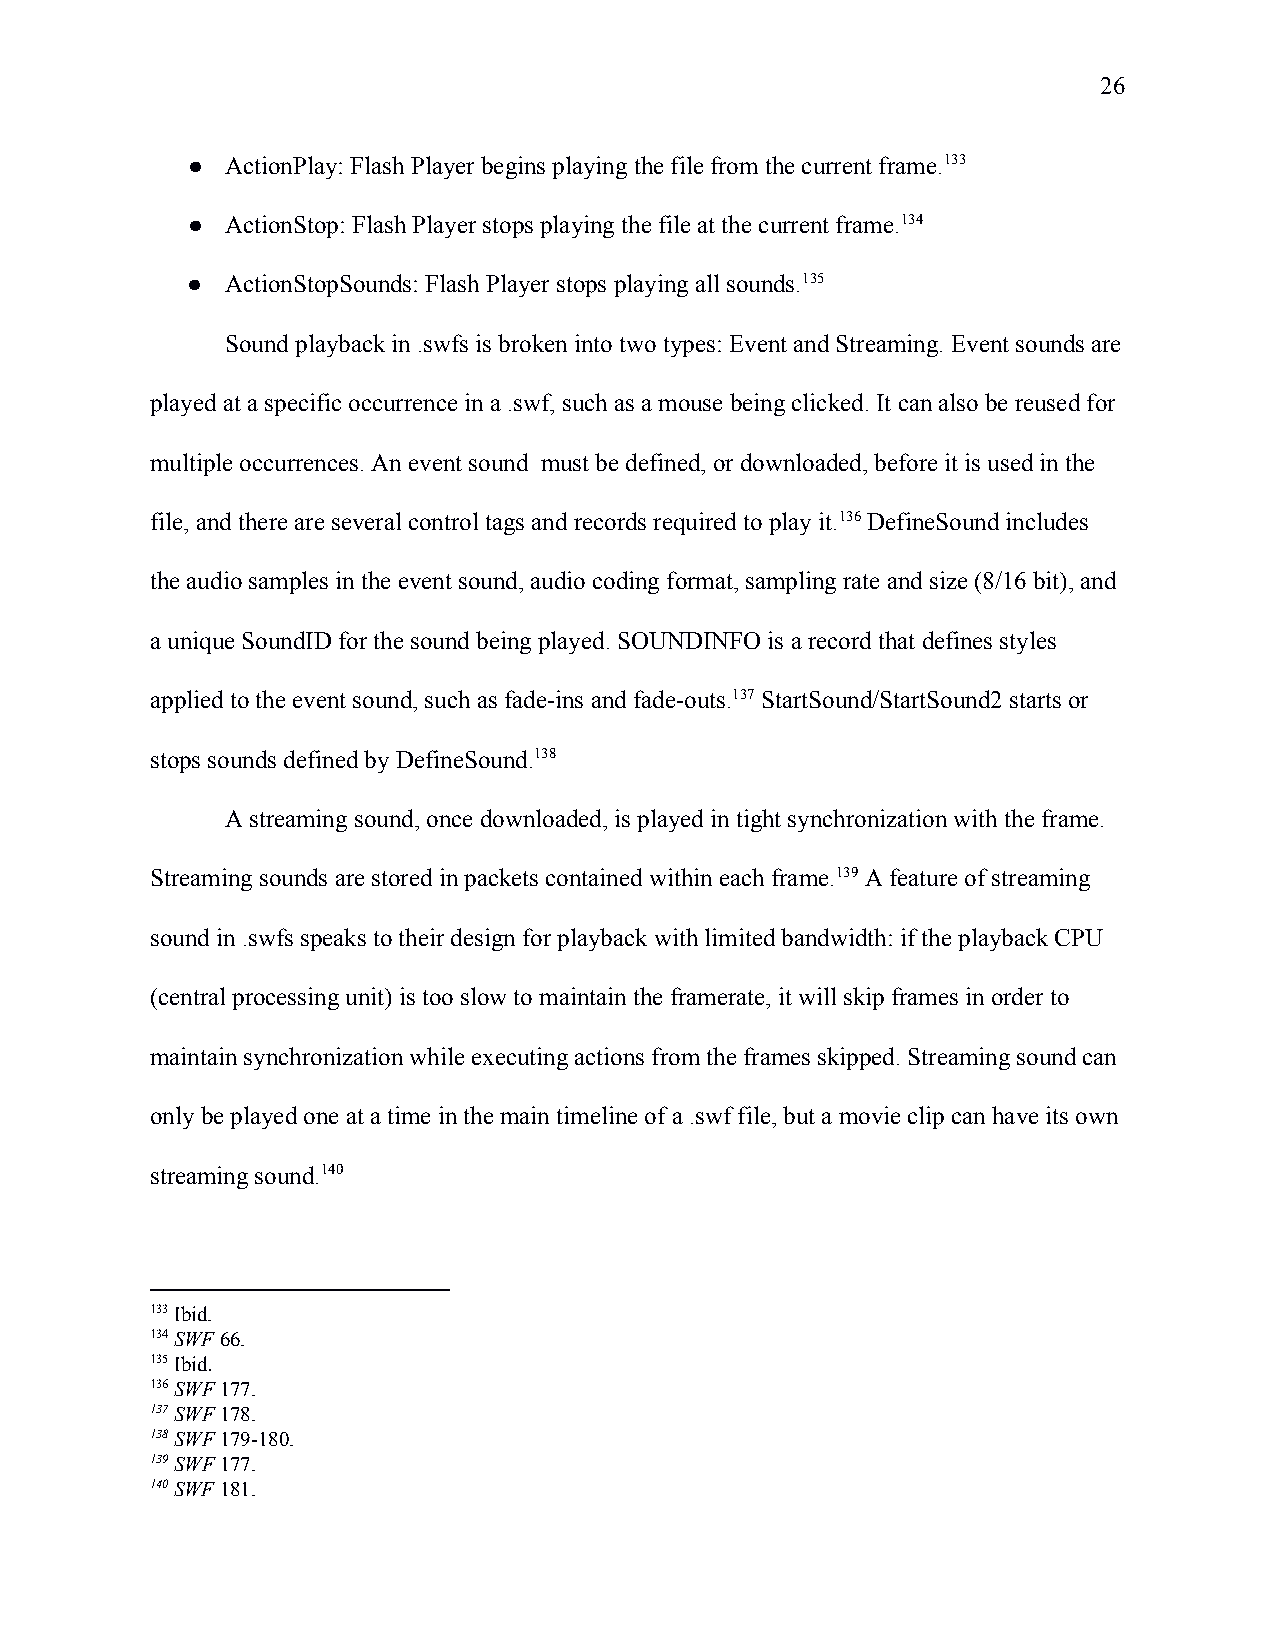
26
 ●  ActionPlay: Flash Player begins playing the file from the current frame.133
 ●  ActionStop: Flash Player stops playing the file at the current frame.134
 ●  ActionStopSounds: Flash Player stops playing all sounds.135
 Sound playback in .swfs is broken into two types: Event and Streaming. Event sounds are
 played at a specific occurrence in a .swf, such as a mouse being clicked. It can also be reused for
 multiple occurrences. An event sound must be defined, or downloaded, before it is used in the
 file, and there are several control tags and records required to play it.136 DefineSound includes
 the audio samples in the event sound, audio coding format, sampling rate and size (8/16 bit), and
 a unique SoundID for the sound being played. SOUNDINFO is a record that defines styles
 applied to the event sound, such as fade-ins and fade-outs.137 StartSound/StartSound2 starts or
 stops sounds defined by DefineSound.138
 A streaming sound, once downloaded, is played in tight synchronization with the frame.
 Streaming sounds are stored in packets contained within each frame.139 A feature of streaming
 sound in .swfs speaks to their design for playback with limited bandwidth: if the playback CPU
 (central processing unit) is too slow to maintain the framerate, it will skip frames in order to
 maintain synchronization while executing actions from the frames skipped. Streaming sound can
 only be played one at a time in the main timeline of a .swf file, but a movie clip can have its own
 streaming sound.140
 133 Ibid.
 134 SWF 66.
 ​ ​
 135 Ibid.
 ​
 136 SWF 177.
 ​ ​
 137 SWF 178.
 ​
 138 SWF 179-180.
 ​
 139 SWF 177.
 ​
 140 SWF 181.
 ​